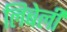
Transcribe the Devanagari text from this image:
लिबेली